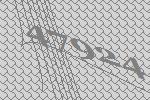
47924